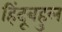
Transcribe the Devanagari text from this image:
हिंदूबहुल